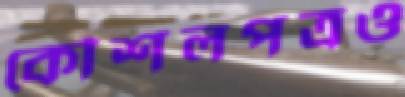
কৌশলপত্রও